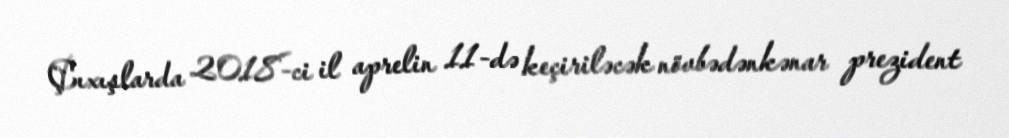
Çıxışlarda 2018-ci il aprelin 11-də keçiriləcək növbədənkənar prezident